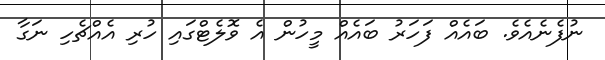
ނުފެނެއެވެ. ބައެއް ފަހަރު ބައެއް މީހުން އެ ވޮލެޓްގައި ހުރި އެއްޗެހި ނަގާ